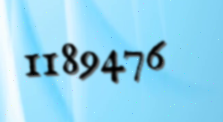
1189476